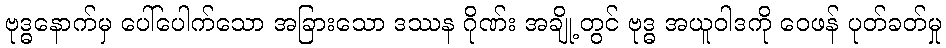
ဗုဒ္ဓနောက်မှ ပေါ်ပေါက်သော အခြားသော ဒဿန ဂိုဏ်း အချို့တွင် ဗုဒ္ဓ အယူဝါဒကို ဝေဖန် ပုတ်ခတ်မှု